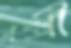
বক্সী